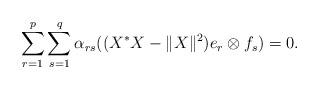
LaTeX: \begin{align*}\sum_{r=1}^p \sum_{s=1}^q \alpha_{rs} ((X^*X-\|X\|^2) e_r\otimes f_s)=0.\end{align*}